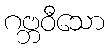
ဂဗ္ဘဝီသော